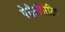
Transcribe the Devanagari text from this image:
पेरीऑपरेटिव